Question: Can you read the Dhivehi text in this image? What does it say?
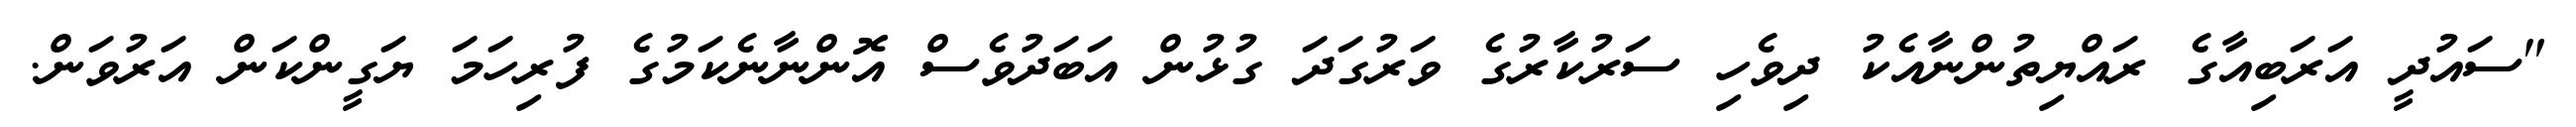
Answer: "ސައުދީ އަރަބިއާގެ ރައްޔިތުންނާއެކު ދިވެހި ސަރުކާރުގެ ވަރުގަދަ ގުޅުން އަބަދުވެސް އޮންނާނެކަމުގެ ފުރިހަމަ ޔަގީންކަން އަރުވަން.